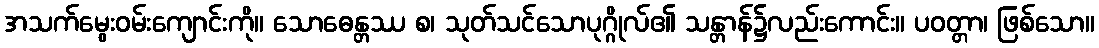
အသက်မွေးဝမ်းကျောင်းကို။ သောဓေန္တဿ စ၊ သုတ်သင်သောပုဂ္ဂိုလ်၏ သန္တာန်၌လည်းကောင်း။ ပဝတ္တာ၊ ဖြစ်သော။